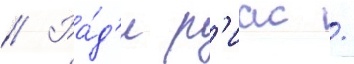
// Ра́д'и р'иас /